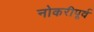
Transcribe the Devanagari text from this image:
नोकरीपूर्व